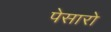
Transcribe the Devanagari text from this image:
पेसारो